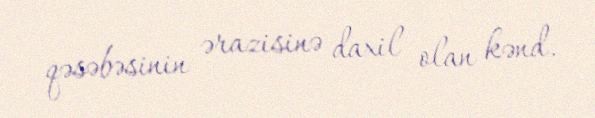
qəsəbəsinin ərazisinə daxil olan kənd.